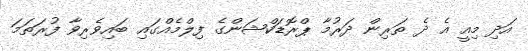
އަދި މިއީ އެ ދެ ތަރިން ދަރުމާ ޕްރޮޑަކްޝަންގެ ފިލްމެއްގައި ބައިވެރިވާ ފުރަތަމަ